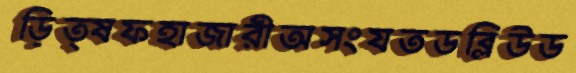
ড়িত্ষফহাজারীঅসংযতডব্লিউড